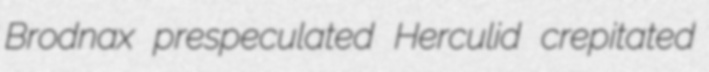
Brodnax prespeculated Herculid crepitated